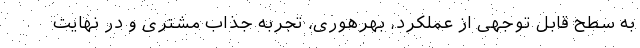
به سطح قابل توجهی از عملکرد، بهرهوری، تجربه جذاب مشتری و در نهایت